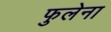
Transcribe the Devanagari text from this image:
फुलेना